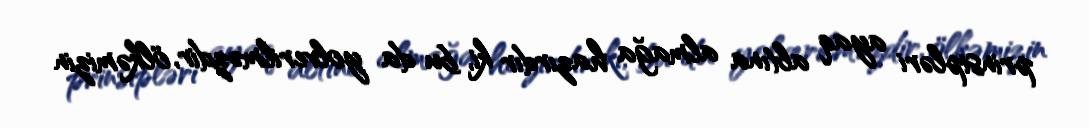
prinsipləri ayaq altına almağa hazırdır ki, bu da yolverilməzdir, ölkəmizin